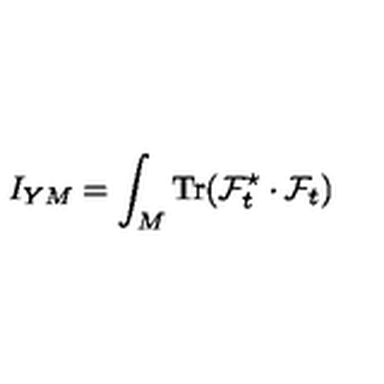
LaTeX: I _ { Y M } = \int _ { M } \mathrm { T r } ( { \cal F } _ { t } ^ { \star } \cdot { \cal F } _ { t } )